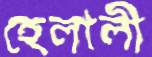
হেলালী